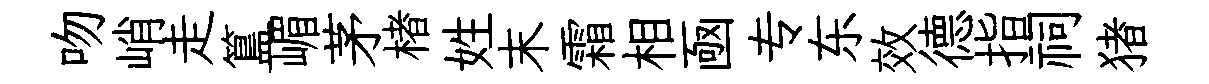
吻峭走簋嵋茅楮姓末霜相凾专东效德指祠猪